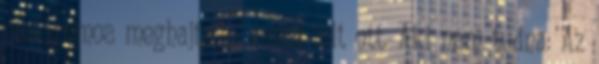
elektromos meghajtasu vonat allt ott. Aki nem tudna: Az